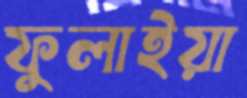
ফুলাইয়া